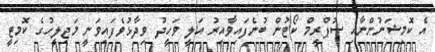
އެ ކޮމިޝަނުންނާއި ސުޕްރީމް ކޯޓުން ބުނެފައިވާއިރު އަލީ ވަހީދު ވިދާޅުވެފައިވަނީ މަޖިލީހުގެ ކޮމިޓީ